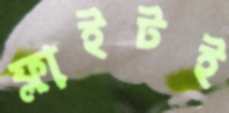
ফ্লাইটই